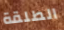
الطلقة